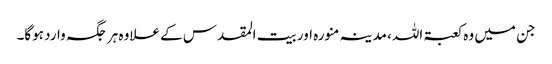
جن میں وہ کعبۃ اللہ، مدینہ منورہ اور بیت المقدس کے علاوہ ہر جگہ وارد ہوگا۔